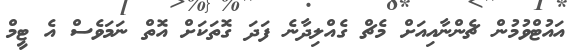
އައުޓްވުމުން ޗެންނާއިއަށް މެޗް ގެއްލިދާނެ ފަދަ ގޮތަކަށް އޮތް ނަމަވެސް އެ ޓީމް